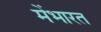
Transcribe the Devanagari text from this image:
मेंभारत